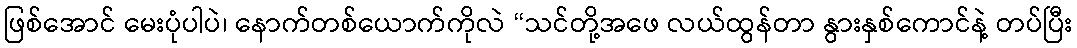
ဖြစ်အောင် မေးပုံပါပဲ၊ နောက်တစ်ယောက်ကိုလဲ “သင်တို့အဖေ လယ်ထွန်တာ နွားနှစ်ကောင်နဲ့ တပ်ပြီး